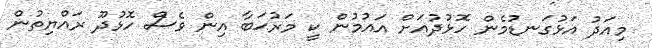
މިއަދު އަޅުގަނޑުމެން ހޮޅުދުއަށް އައުމުން ކީ މަރުޙަބާ އިން ވެސް ހޮޅުދޫ ރައްޔިތުން